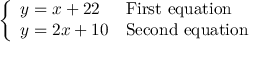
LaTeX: \left\{ \begin{array} { l l } { y = x + 2 2 } & { { \mathrm { F i r s t ~ e q u a t i o n } } } \\ { y = 2 x + 1 0 } & { { \mathrm { S e c o n d ~ e q u a t i o n } } } \end{array} \right.